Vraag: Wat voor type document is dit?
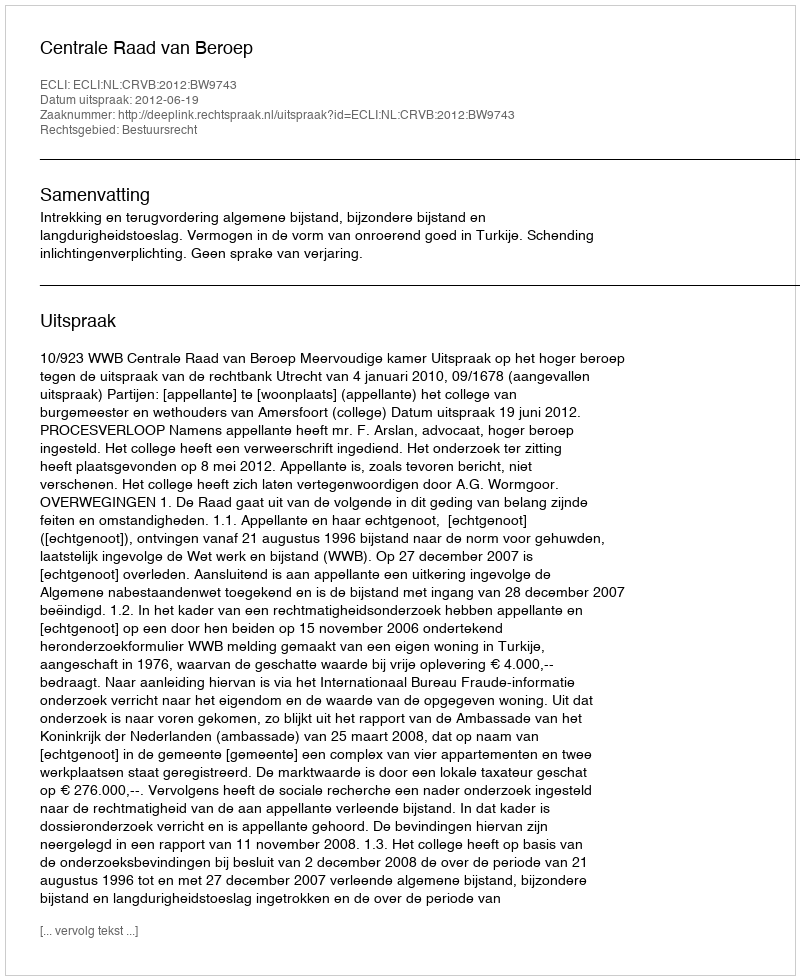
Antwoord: Uitspraak